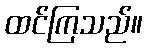
ထင်ကြသည်။